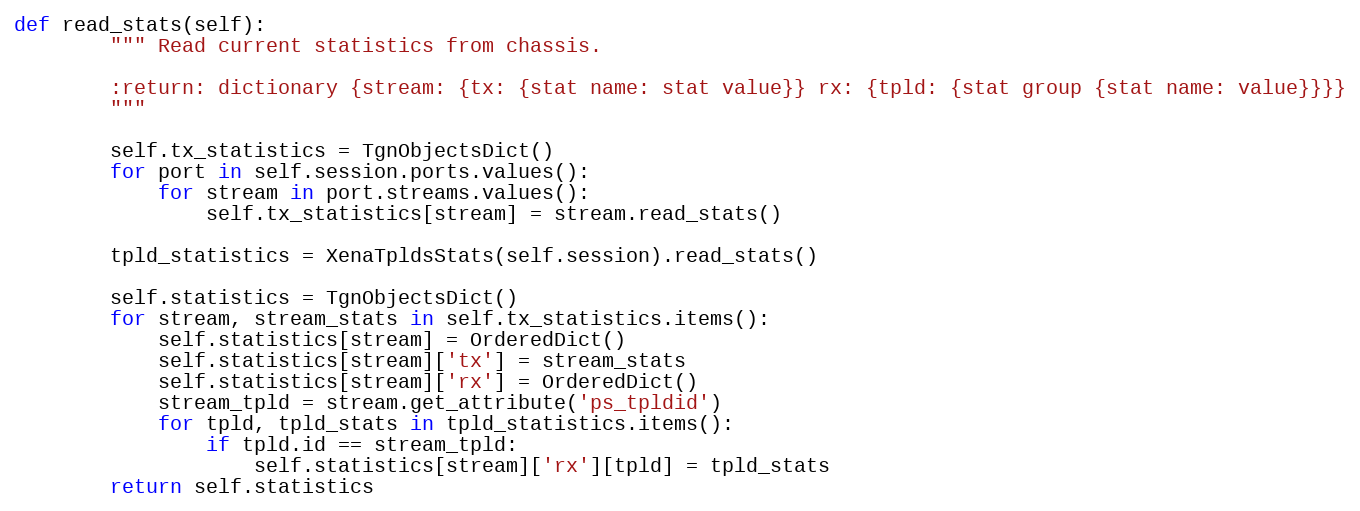
Language: Python
def read_stats(self):
        """ Read current statistics from chassis.

        :return: dictionary {stream: {tx: {stat name: stat value}} rx: {tpld: {stat group {stat name: value}}}}
        """

        self.tx_statistics = TgnObjectsDict()
        for port in self.session.ports.values():
            for stream in port.streams.values():
                self.tx_statistics[stream] = stream.read_stats()

        tpld_statistics = XenaTpldsStats(self.session).read_stats()

        self.statistics = TgnObjectsDict()
        for stream, stream_stats in self.tx_statistics.items():
            self.statistics[stream] = OrderedDict()
            self.statistics[stream]['tx'] = stream_stats
            self.statistics[stream]['rx'] = OrderedDict()
            stream_tpld = stream.get_attribute('ps_tpldid')
            for tpld, tpld_stats in tpld_statistics.items():
                if tpld.id == stream_tpld:
                    self.statistics[stream]['rx'][tpld] = tpld_stats
        return self.statistics